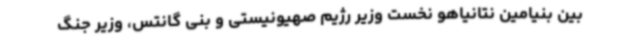
بین بنیامین نتانیاهو نخست وزیر رژیم صهیونیستی و بنی گانتس، وزیر جنگ